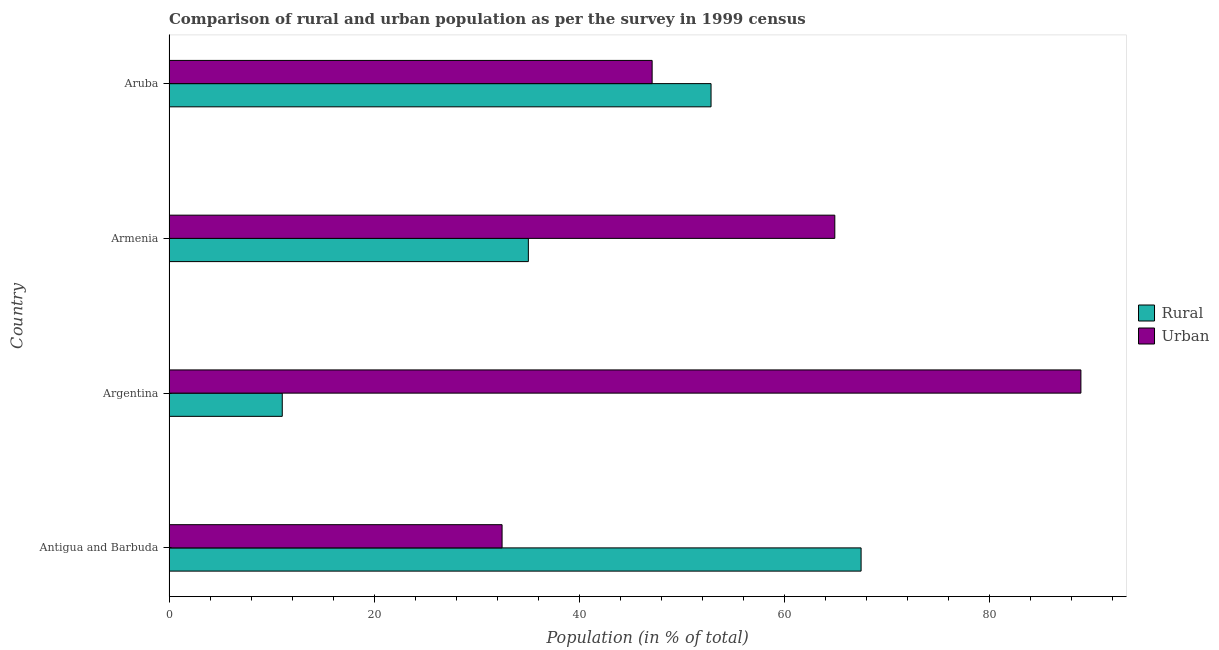
| Country | Rural | Urban |
 | --- | --- | --- |
 | Antigua and Barbuda | 67.5 | 32.5 |
 | Argentina | 11 | 89 |
 | Armenia | 35.1 | 64.9 |
 | Aruba | 52.9 | 47.1 |